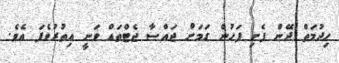
ހިދުމަތް ދޭން ފެށި ފަހުން ގަމަށް ޖައްސާ ޖެޓްތައް ވަނީ އިތުރުވެފަ އެވެ.